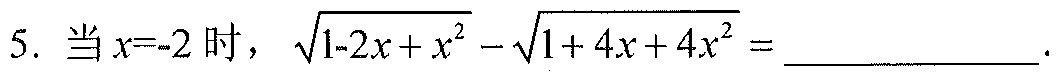
5. 当\(x = - 2\)时，\(\sqrt{1 - 2x + x^{2}}-\sqrt{1 + 4x + 4x^{2}}=\_\_\_\_\_\_\_\_.\)